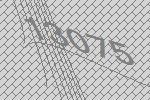
13075